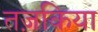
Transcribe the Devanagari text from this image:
तज़किया